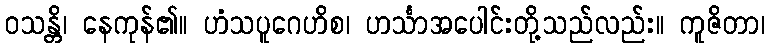
ဝသန္တိ၊ နေကုန်၏။ ဟံသပူဂေဟိစ၊ ဟင်္သာအပေါင်းတို့သည်လည်း။ ကူဇိတာ၊